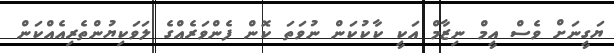
ޔަގީނަށް ވެސް އީމް ނިޒާމް އަކީ ކާކުކަން ނުވަތަ ކޮން ފެންވަރެއްގެ ލަވަކިޔުންތެރިއެއްކަން